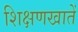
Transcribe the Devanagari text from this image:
शिक्षणखातें